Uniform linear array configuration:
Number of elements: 8
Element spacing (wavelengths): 0.75
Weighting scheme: hamming
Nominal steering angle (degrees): -60
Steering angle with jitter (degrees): -60.209
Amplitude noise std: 0.05
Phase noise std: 0.05

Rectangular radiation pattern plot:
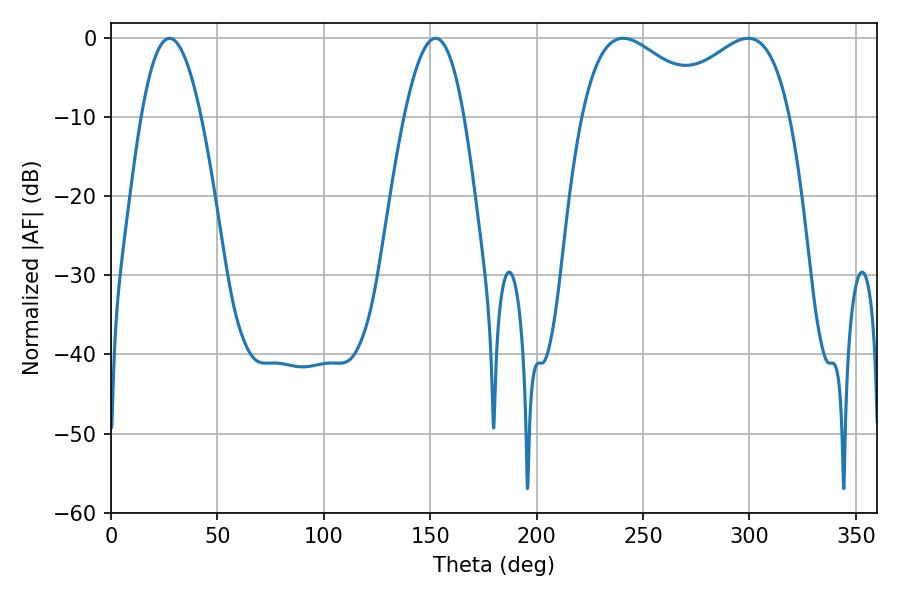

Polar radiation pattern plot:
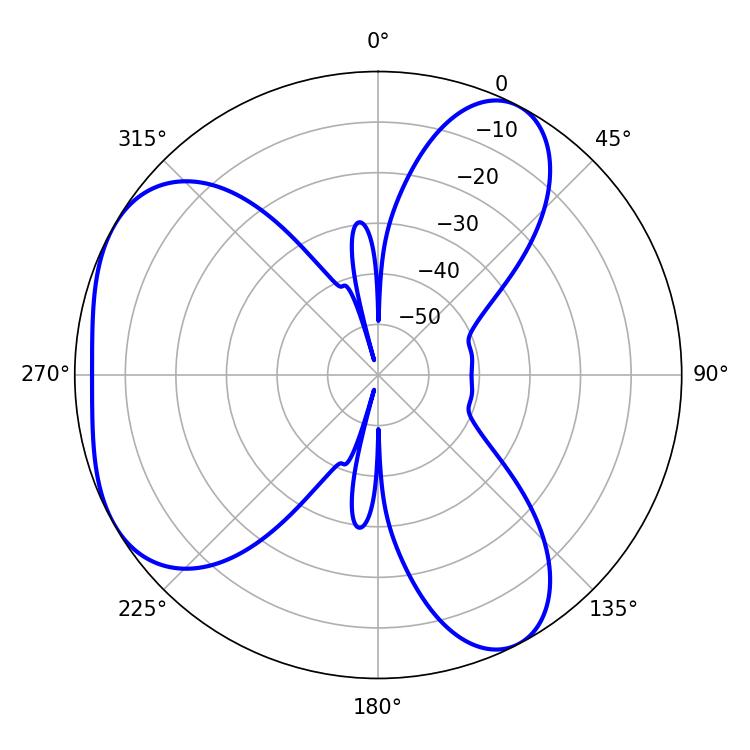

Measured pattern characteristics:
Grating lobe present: TRUE
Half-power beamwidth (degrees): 33.84
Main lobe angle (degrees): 240.66